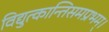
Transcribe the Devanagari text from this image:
विद्युत्कान्तिसमप्रभम्।